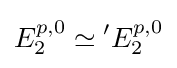
E_{2}^{p,0}\simeq {}^{\prime }E_{2}^{p,0}